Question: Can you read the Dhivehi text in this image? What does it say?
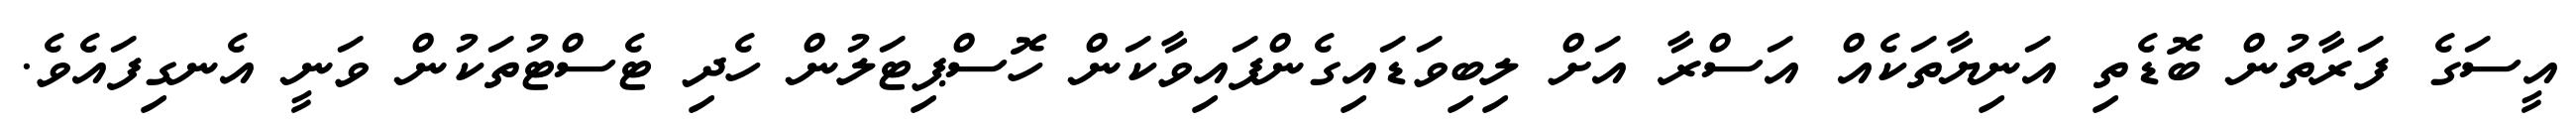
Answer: އީސަގެ ފަރާތުން ބޮޑެތި އަނިޔާތަކެއް އަސްރާ އަށް ލިބިވަޑައިގެންފައިވާކަން ހޮސްޕިޓަލުން ހެދި ޓެސްޓުތަކުން ވަނީ އެނގިފައެވެ.